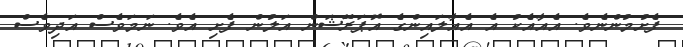
ފެށުމުންނެވެ. އެއާއެކު އެ އެއާލައިންގެ އޮޕަރޭޝަން އަލުން ފެށި އެވެ. ނަމަވެސް އަދިވެސް